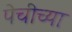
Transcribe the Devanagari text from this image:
पेचीच्या